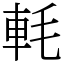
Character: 軞